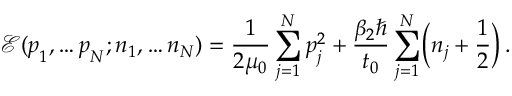
{ \mathcal E } ( \boldsymbol { p } _ { 1 } , \dots \boldsymbol { p } _ { N } ; n _ { 1 } , \dots n _ { N } ) = \frac { 1 } { 2 \mu _ { 0 } } \sum _ { j = 1 } ^ { N } \boldsymbol { p } _ { j } ^ { 2 } + \frac { \beta _ { 2 } \hbar } { t _ { 0 } } \sum _ { j = 1 } ^ { N } \biggl ( n _ { j } + \frac { 1 } { 2 } \biggr ) \, .